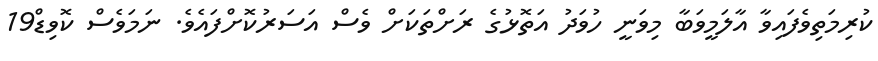
ކުރިމަތިވެފައިވާ އާލަމީވަބާ މިވަނީ ހުވަދު އަތޮޅުގެ ރަށްތަކަށް ވެސް އަސަރުކޮށްފައެވެ. ނަމަވެސް ކޮވިޑް19